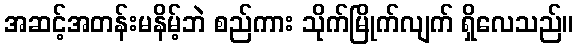
အဆင့်အတန်းမနိမ့်ဘဲ စည်ကား သိုက်မြိုက်လျက် ရှိလေသည်။